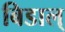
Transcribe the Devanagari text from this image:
बिडाल्